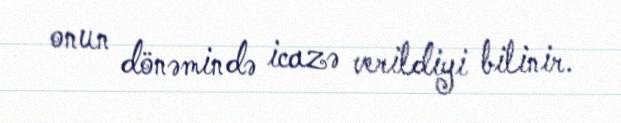
onun dönəmində icazə verildiyi bilinir.